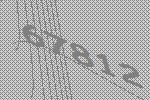
67812